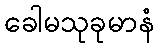
ခေါမသုခုမာနံ